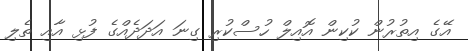
އޭގެ އިތުރުން ކުކިން އޮއިލް ހުސްކުރި ގިނަ އަދަދެއްގެ ފުޅި އާއި ތެލި